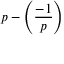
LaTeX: p - \left( { \frac { - 1 } { p } } \right)